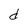
Character: d